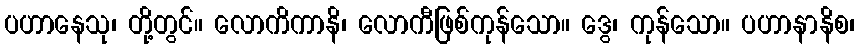
ပဟာနေသု၊ တို့တွင်။ လောကိကာနိ၊ လောကီဖြစ်ကုန်သော။ ဒွေ၊ ကုန်သော။ ပဟာနာနိစ၊